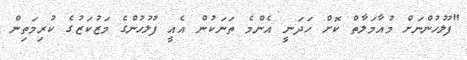
"ފުލުހުންނަށް މުއާމަލާތް ކޮށް ހަދަނީ އެންމެ ތަނަކުން އެއީ ފުލުހުންގެ މަޒުކަޒުގެ ކުރިމަތިން